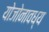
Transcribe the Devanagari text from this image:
योजोनावध्य